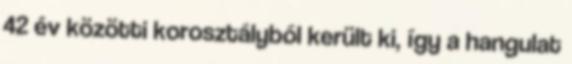
42 év közötti korosztályból került ki, így a hangulat